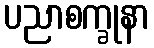
ပညာစက္ခုနာ